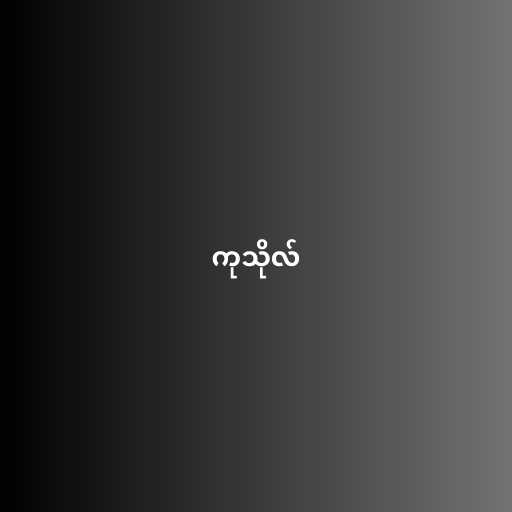
ကုသိုလ်